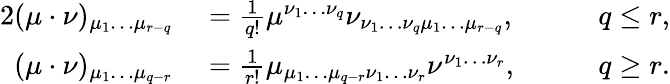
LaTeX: \begin{array}{rlrl}{{2}(\mu\cdot\nu)_{\mu_{1}\ldots\mu_{r-q}}}&{{}=\frac{1}{q!}\mu^{\nu_{1}\ldots\nu_{q}}\nu_{\nu_{1}\ldots\nu_{q}\mu_{1}\ldots\mu_{r-q}},}&{}&{{}\quad q\leq r,}\\ {(\mu\cdot\nu)_{\mu_{1}\ldots\mu_{q-r}}}&{{}=\frac{1}{r!}\mu_{\mu_{1}\ldots\mu_{q-r}\nu_{1}\ldots\nu_{r}}\nu^{\nu_{1}\ldots\nu_{r}},}&{}&{{}\quad q\geq r.}\end{array}